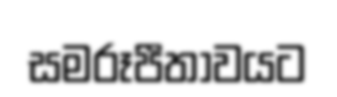
සමරූපීතාවයට